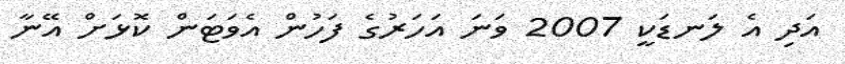
އަދި އެ ލަނޑަކީ 2007 ވަނަ އަހަރުގެ ފަހުން އެވަޓަން ކޮޅަށް އޭނާ